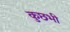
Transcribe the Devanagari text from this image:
कुछभी